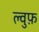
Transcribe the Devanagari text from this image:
ल्वुफ़